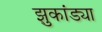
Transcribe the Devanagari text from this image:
झुकांड्या